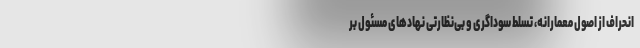
انحراف از اصول معمارانه، تسلط سوداگری و بی‌نظارتی نهادهای مسئول بر